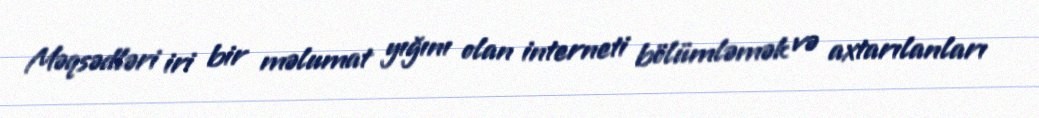
Məqsədləri iri bir məlumat yığını olan interneti bölümləmək və axtarılanları